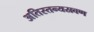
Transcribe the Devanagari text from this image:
अतिस्तन्यस्रवण